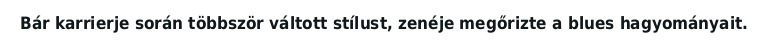
Bár karrierje során többször váltott stílust, zenéje megőrizte a blues hagyományait.